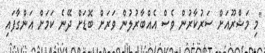
"މި މަޝްރޫއަށް ސަރުކާރުން ވެސް އެއްބާރުލުން ވަރަށް ބޮޑަށް ދޭނެ ކަމަށް އަންގާފައި